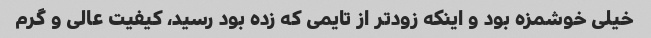
خیلی خوشمزه بود و اینکه زودتر از تایمی که زده بود رسید، کیفیت عالی و گرم